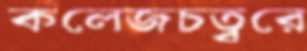
কলেজচত্বরে